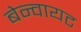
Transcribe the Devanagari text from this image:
बेन्वायट